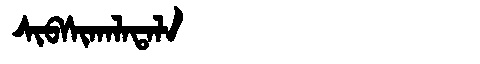
Manchu: ᠰᡳᠪᠰᡳᡴᠠᠯᠠᡨᠠᠯᠠ
Romanization: SIBSIKALATALA